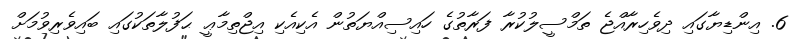
6. އިންޑިޔާގައި ދިވެހިރާއްޖެ ތަމްސީލުކުރާ ފަރާތުގެ ހައިސިއްޔަތުން އެކިއެކި އިޖްތިމާޢީ ޙަފުލާތަކުގައި ބައިވެރިވުމަށް